65_HS1-834228961_62-HQ-83894_Section_5
Agency: FBI
Page 155
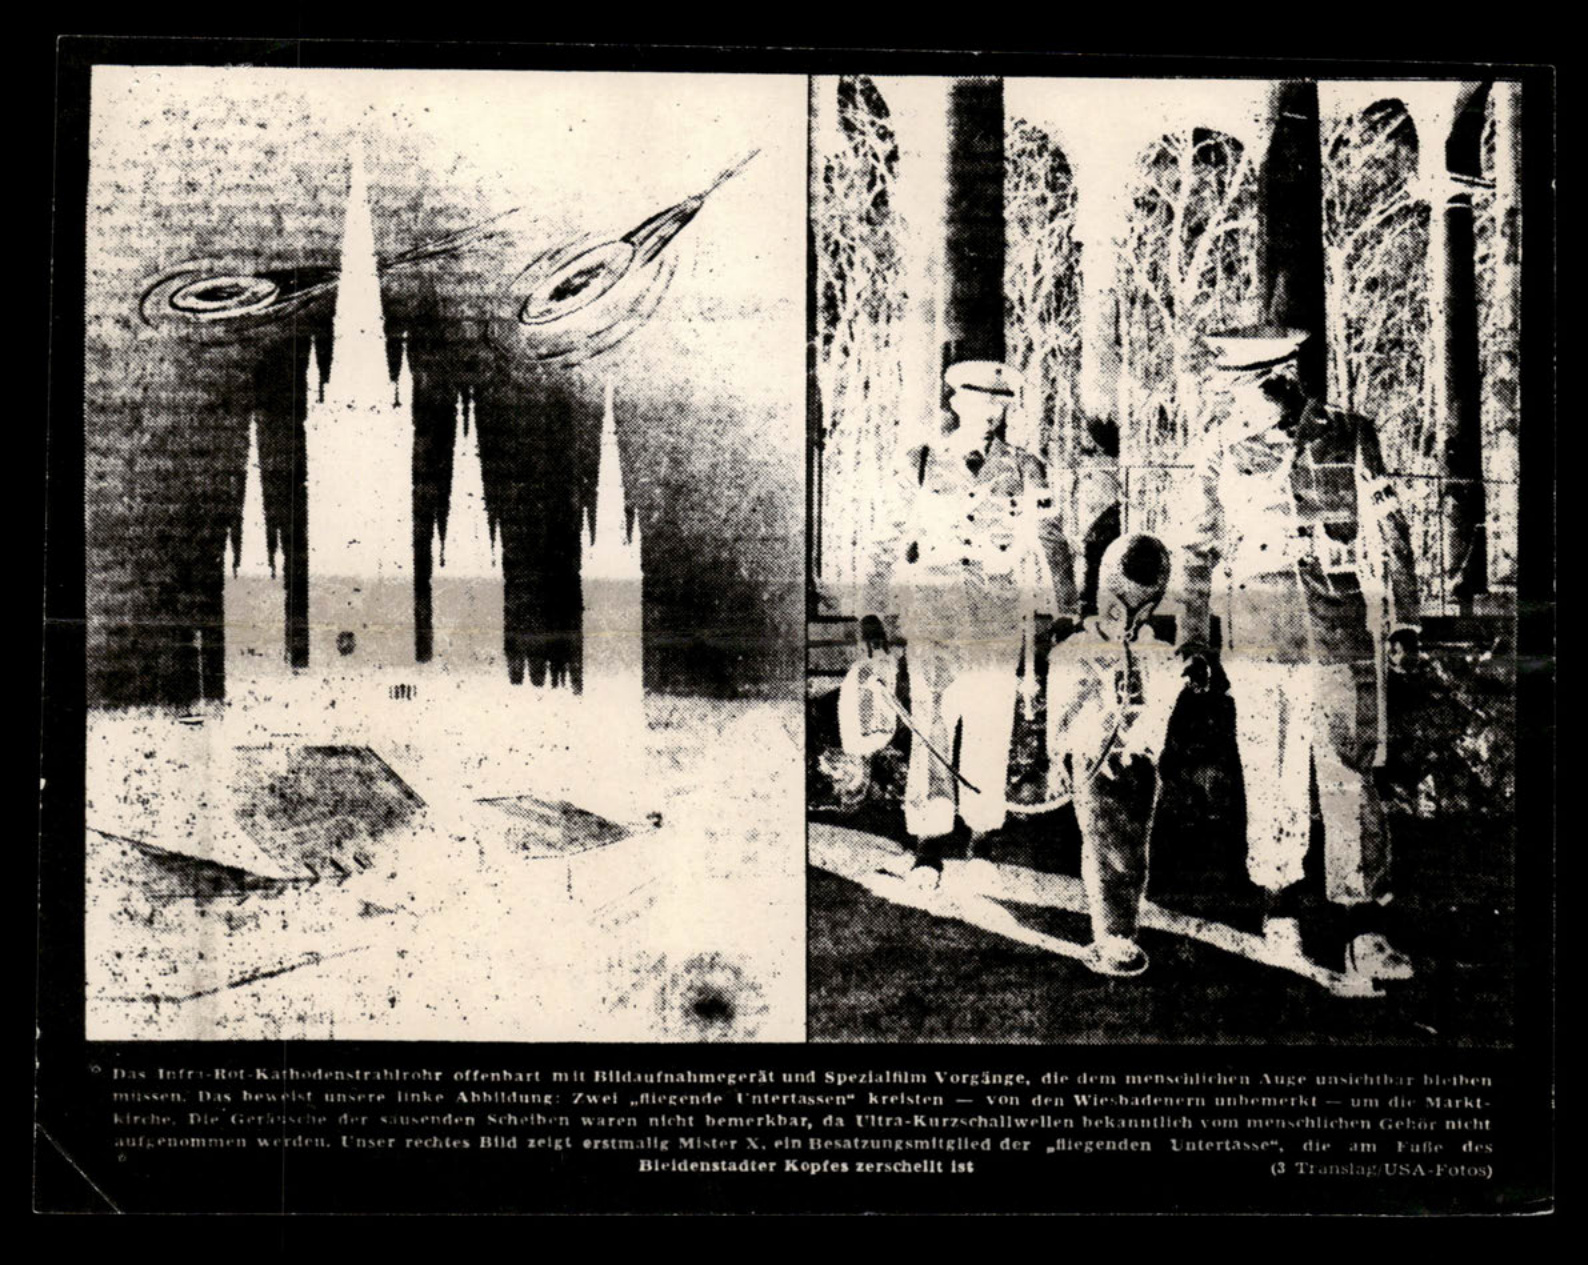